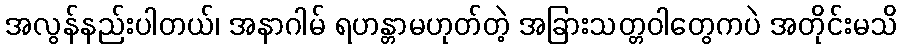
အလွန်နည်းပါတယ်၊ အနာဂါမ် ရဟန္တာမဟုတ်တဲ့ အခြားသတ္တဝါတွေကပဲ အတိုင်းမသိ